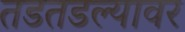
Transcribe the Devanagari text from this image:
तडतडल्यावर